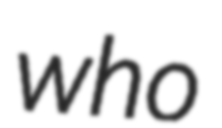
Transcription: who